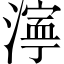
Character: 𬈿